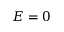
E = 0